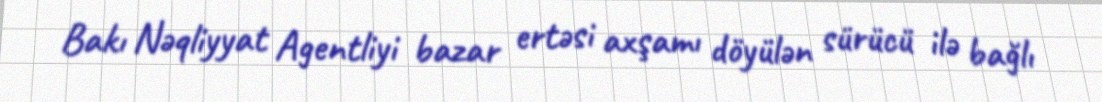
Bakı Nəqliyyat Agentliyi bazar ertəsi axşamı döyülən sürücü ilə bağlı